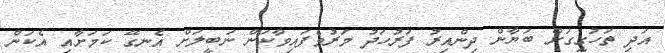
އަދި ތަހުގީގަށް ބަޔާން ދިންއިރު ފަރުހަދު މަރުވެފައިވާކަން ނަބީލަށް އެނގޭ ކަމަށާއި އެކަން